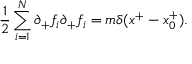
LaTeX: { \frac { 1 } { 2 } } \sum _ { i = 1 } ^ { N } \partial _ { + } f _ { i } \partial _ { + } f _ { i } = m \delta ( x ^ { + } - x _ { 0 } ^ { + } ) .